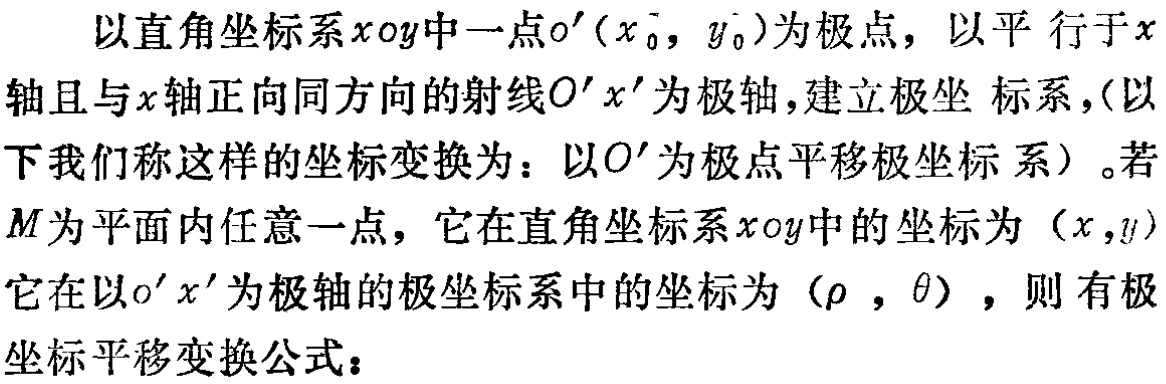
以直角坐标系\(xoy\)中一点\(o^{\prime}(x_{0},y_{0})\)为极点，以平行于\(x\)轴且与\(x\)轴正向同方向的射线\(O^{\prime}x^{\prime}\)为极轴，建立极坐标系，(以下我们称这样的坐标变换为：以\(O^{\prime}\)为极点平移极坐标系)。若\(M\)为平面内任意一点，它在直角坐标系\(xoy\)中的坐标为\((x,y)\)，它在以\(o^{\prime}x^{\prime}\)为极轴的极坐标系中的坐标为\((\rho,\theta)\)，则有极坐标平移变换公式：